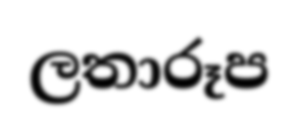
ලතාරූප